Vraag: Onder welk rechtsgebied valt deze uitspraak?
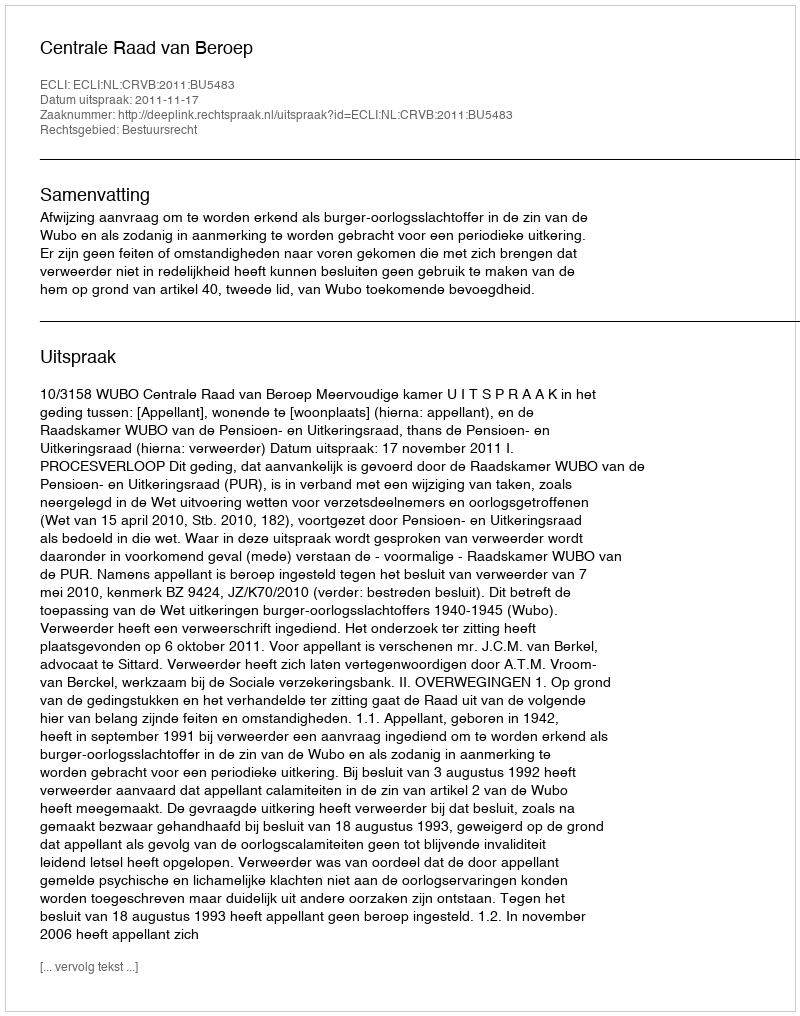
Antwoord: Bestuursrecht